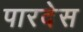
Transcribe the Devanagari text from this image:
पारदेस